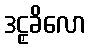
ဒဠှခိလော